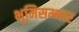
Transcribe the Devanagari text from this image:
भूमिसम्भार